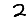
Digit: 2